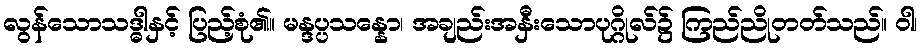
လွန်သောသဒ္ဓါနှင့် ပြည့်စုံ၏။ မန္ဒပ္ပသန္နော၊ အချည်းအနှီးသောပုဂ္ဂိုလ်၌ ကြည်ညိုတတ်သည်။ ဝါ၊